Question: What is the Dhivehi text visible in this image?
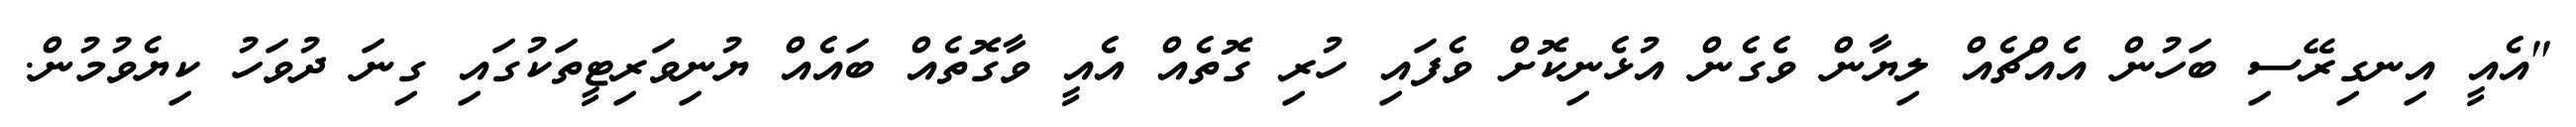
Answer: "އެއީ އިނގިރޭސި ބަހުން އެއްޗެއް ލިޔާން ވެގެން އުޅެނިކޮށް ވެފައި ހުރި ގޮތެއް އެއީ ވާގޮތެއް ބައެއް ޔުނިވަރިޓީތަކުގައި ގިނަ ދުވަހު ކިޔެވުމުން.